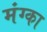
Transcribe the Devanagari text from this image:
मंग्का